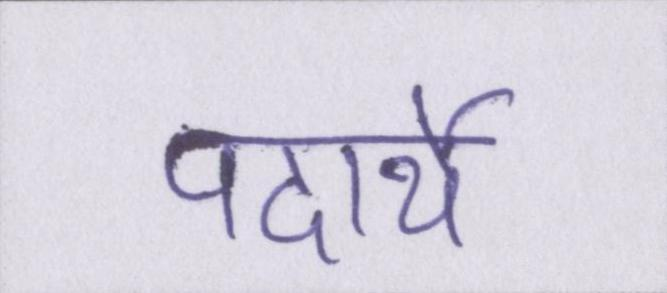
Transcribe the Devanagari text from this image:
पदार्थे